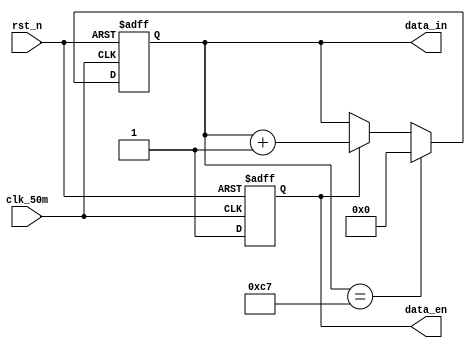
`timescale  1ns/1ns
////////////////////////////////////////////////////////////////////////
// Module Name   : data_gen
// Project Name  : pingpang
// Target Devices: Altera EP4CE10F17C8N
// Tool Versions : Quartus 13.0
// Description   : 
// 
// Revision      : V1.0
// Additional Comments:
// 
// : _Pro_FPGA
//     : http://www.embedfire.com
//     : http://www.firebbs.cn
//     : https://fire-stm32.taobao.com
////////////////////////////////////////////////////////////////////////

module  data_gen
(
    input   wire        clk_50m     ,   //50MHz
    input   wire        rst_n       ,   //

    output  reg         data_en     ,   //
    output  reg [7:0]   data_in         //

);

//********************************************************************//
//******************************* Main Code **************************//
//********************************************************************//

//data_en
always@(posedge clk_50m or  negedge rst_n)
    if(rst_n == 1'b0)
        data_en  <=  1'b0;
    else
        data_en  <=  1'b1;
        
//data_in:(8'd0 ~ 8'd199)
always@(posedge clk_50m or  negedge rst_n)
    if(rst_n == 1'b0)
        data_in <=  8'd0;
    else    if(data_in  == 8'd199)
        data_in <=  8'd0;
    else    if(data_en == 1'b1)
        data_in <=  data_in +   1'b1;
    else
        data_in <=  data_in;

endmodule